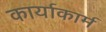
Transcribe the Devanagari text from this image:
कार्याकार्म